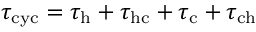
\tau _ { \mathrm { c y c } } = \tau _ { \mathrm { h } } + \tau _ { \mathrm { h c } } + \tau _ { \mathrm { c } } + \tau _ { \mathrm { c h } }